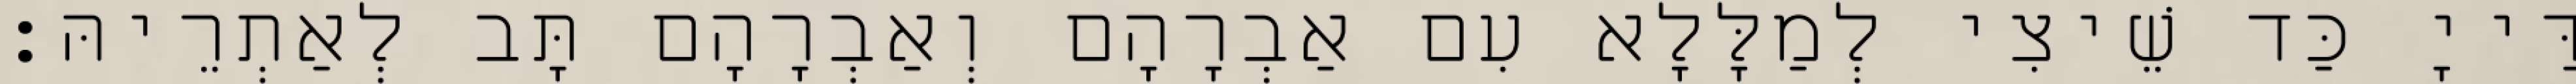
דַּייָ כַּד שֵׁיצִי לְמַלָּלָא עִם אַבְרָהָם וְאַבְרָהָם תָּב לְאַתְרֵיהּ׃